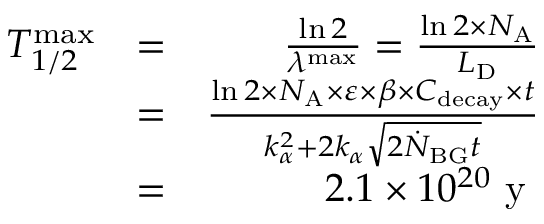
\begin{array} { r l r } { T _ { 1 / 2 } ^ { \mathrm { m a x } } } & { = } & { \frac { \ln 2 } { \lambda ^ { \mathrm { m a x } } } = \frac { \ln 2 \times N _ { \mathrm { A } } } { L _ { \mathrm { D } } } } \\ & { = } & { \frac { \ln 2 \times N _ { \mathrm { A } } \times \varepsilon \times \beta \times C _ { \mathrm { d e c a y } } \times t } { k _ { \alpha } ^ { 2 } + 2 k _ { \alpha } \sqrt { 2 \dot { N } _ { \mathrm { B G } } t } } } \\ & { = } & { 2 . 1 \times 1 0 ^ { 2 0 } \textrm { y } } \end{array}